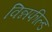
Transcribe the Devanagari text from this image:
विन्नफील्ड